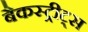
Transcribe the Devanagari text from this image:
बैकस्ट्रीट्स